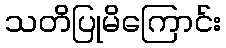
သတိပြုမိကြောင်း